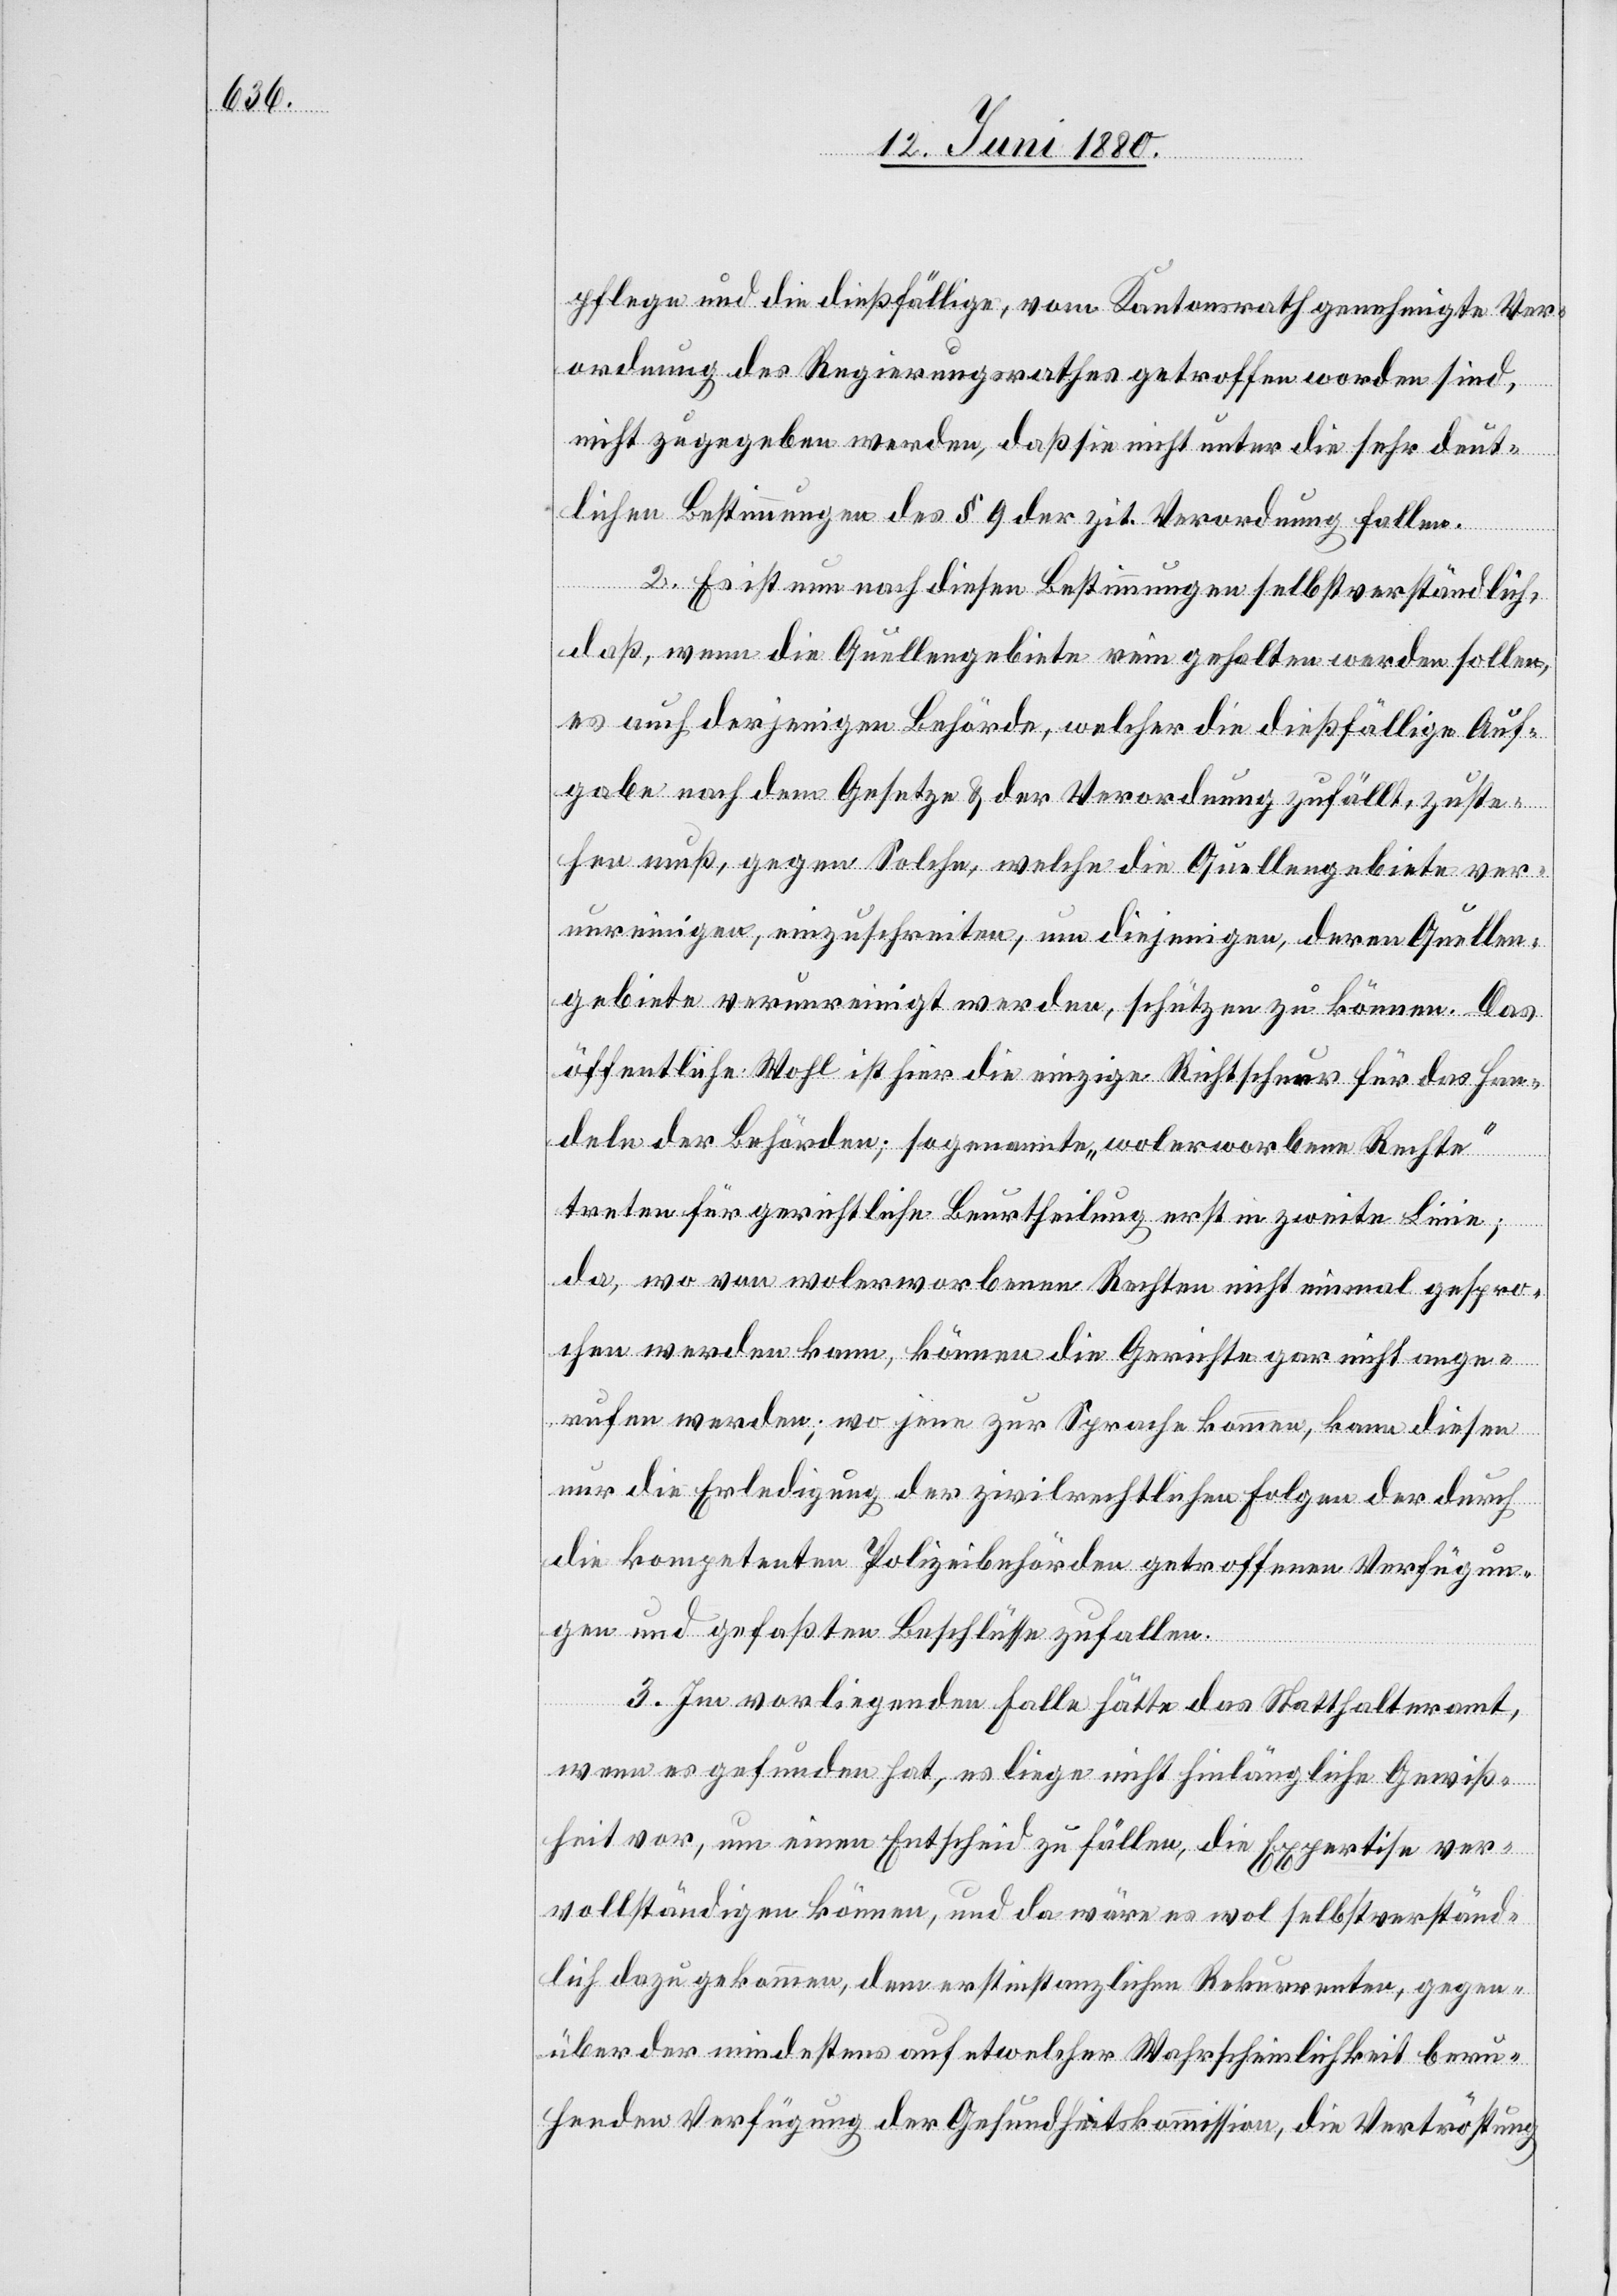
pflege und die dießfällige, vom Kantonsrath genehmigte Ver¬
ordnung des Regierungsrathes getroffen worden sind,
nicht zugegeben werden, daß sie nicht unter die sehr deut¬
lichen Bestimmungen des § 9 der zit. Verordnung fallen.
2. Es ist nun nach diesen Bestimmungen selbstverständlich,
daß, wenn die Quellengebiete rein gehalten werden sollen,
es auch derjenigen Behörde, welcher die dießfällige Auf¬
gabe nach dem Gesetze & der Verordnung zufällt, zuste¬
hen muß, gegen Solche, welche die Quellengebiete ver¬
unreinigen, einzuschreiten, um diejenigen, deren Quellen¬
gebiete verunreinigt werden, schützen zu können. Das
öffentliche Wohl ist hier die einzige Richtschnur für das Han¬
deln der Behörden; sogenannte „wolerworbene Rechte“
treten für gerichtliche Beurtheilung erst in zweite Linie;
da, wo von wolerworbenen Rechten nicht einmal gespro¬
chen werden kann, können die Gerichte gar nicht ange¬
rufen werden; wo jene zur Sprache kommen, kann diesen
nur die Erledigung der zivilrechtlichen Folgen der durch
die kompetenten Polizeibehörden getroffenen Verfügun¬
gen und gefaßten Beschlüsse zufallen.
3. Im vorliegenden Falle hätte das Statthalteramt,
wenn es gefunden hat, es liege nicht hinlängliche Gewiß¬
heit vor, um einen Entscheid zu fällen, die Expertise ver¬
vollständigen können und da wäre es wol selbstverständ¬
lich dazu gekommen, dem erstinstanzlichen Rekurrenten, gegen¬
über der mindestens auf etwelcher Wahrscheinlichkeit beru¬
henden Verfügung der Gesundheitskommission, die Vertröstung